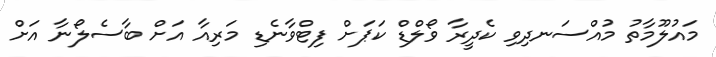
މައުލޫމާތު މުއްސަނދިވި ކެދީރާ ވޯލްޑް ކަޕަށް ފިޓްވާނެޑި މަރިއާ އަށް ބާސެލޯނާ އަށް